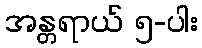
အန္တရာယ် ၅-ပါး